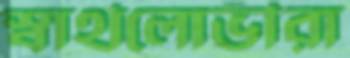
স্বার্থলোভীরা